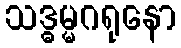
သဒ္ဓမ္မဂရုနော